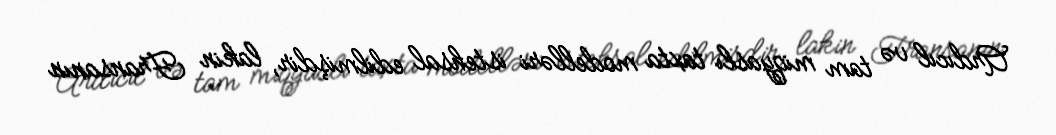
Ardıcıl və tam miqyaslı taxta modelləri istehsal edilmişdir, lakin Fransanın